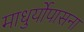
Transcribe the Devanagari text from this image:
माधुर्योपासना